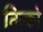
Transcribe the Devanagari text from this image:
तिन्को